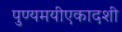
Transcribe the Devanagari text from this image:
पुण्यमयीएकादशी